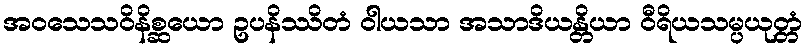
အဝသေသဝိနိစ္ဆယော ဥပနိဿိတံ ဝါယသာ အသာဒိယန္တိယာ ဝီရိယသမ္ပယုတ္တံ